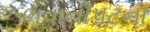
ભવાનીપટના